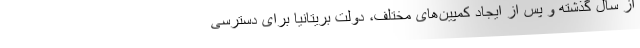
از سال گذشته و پس از ایجاد کمپین‌های مختلف، دولت بریتانیا برای دسترسی